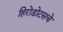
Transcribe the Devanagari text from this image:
हिरोडोटसचे